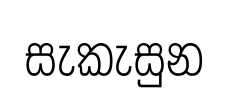
සැකැසුන